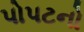
પોપટનો